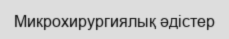
Микрохирургиялық әдістер